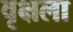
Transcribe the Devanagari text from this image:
वृक्षला